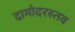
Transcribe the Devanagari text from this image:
दामोदरस्तव